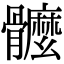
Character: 𩪮